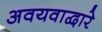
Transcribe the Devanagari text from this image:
अवयवाद्वारे